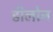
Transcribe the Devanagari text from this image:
डीलोन